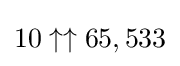
10\uparrow \uparrow 65,533